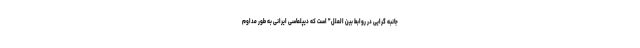
جانبه گرایی در روابط بین الملل" است که دیپلماسی ایرانی به طور مداوم